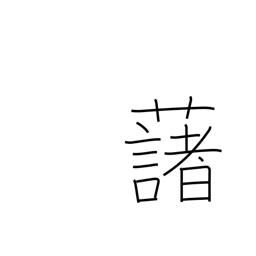
Meaning: potato